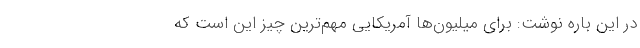
در این باره نوشت: برای میلیون‌ها آمریکایی مهم‌ترین چیز این است که